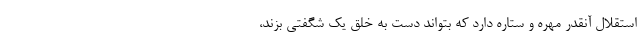
استقلال آنقدر مهره و ستاره دارد که بتواند دست به خلق یک شگفتی بزند،